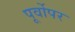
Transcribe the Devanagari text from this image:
पूर्वोपर